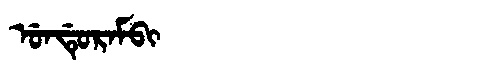
Manchu: ᡠᠨᡩᡠᡵᠠᠮᠪᡳ
Romanization: UNDURAMBI